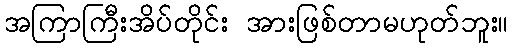
အကြာကြီးအိပ်တိုင်း အားဖြစ်တာမဟုတ်ဘူး။